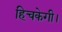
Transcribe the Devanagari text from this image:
हिचकेगी।